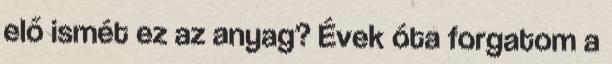
elő ismét ez az anyag? Évek óta forgatom a